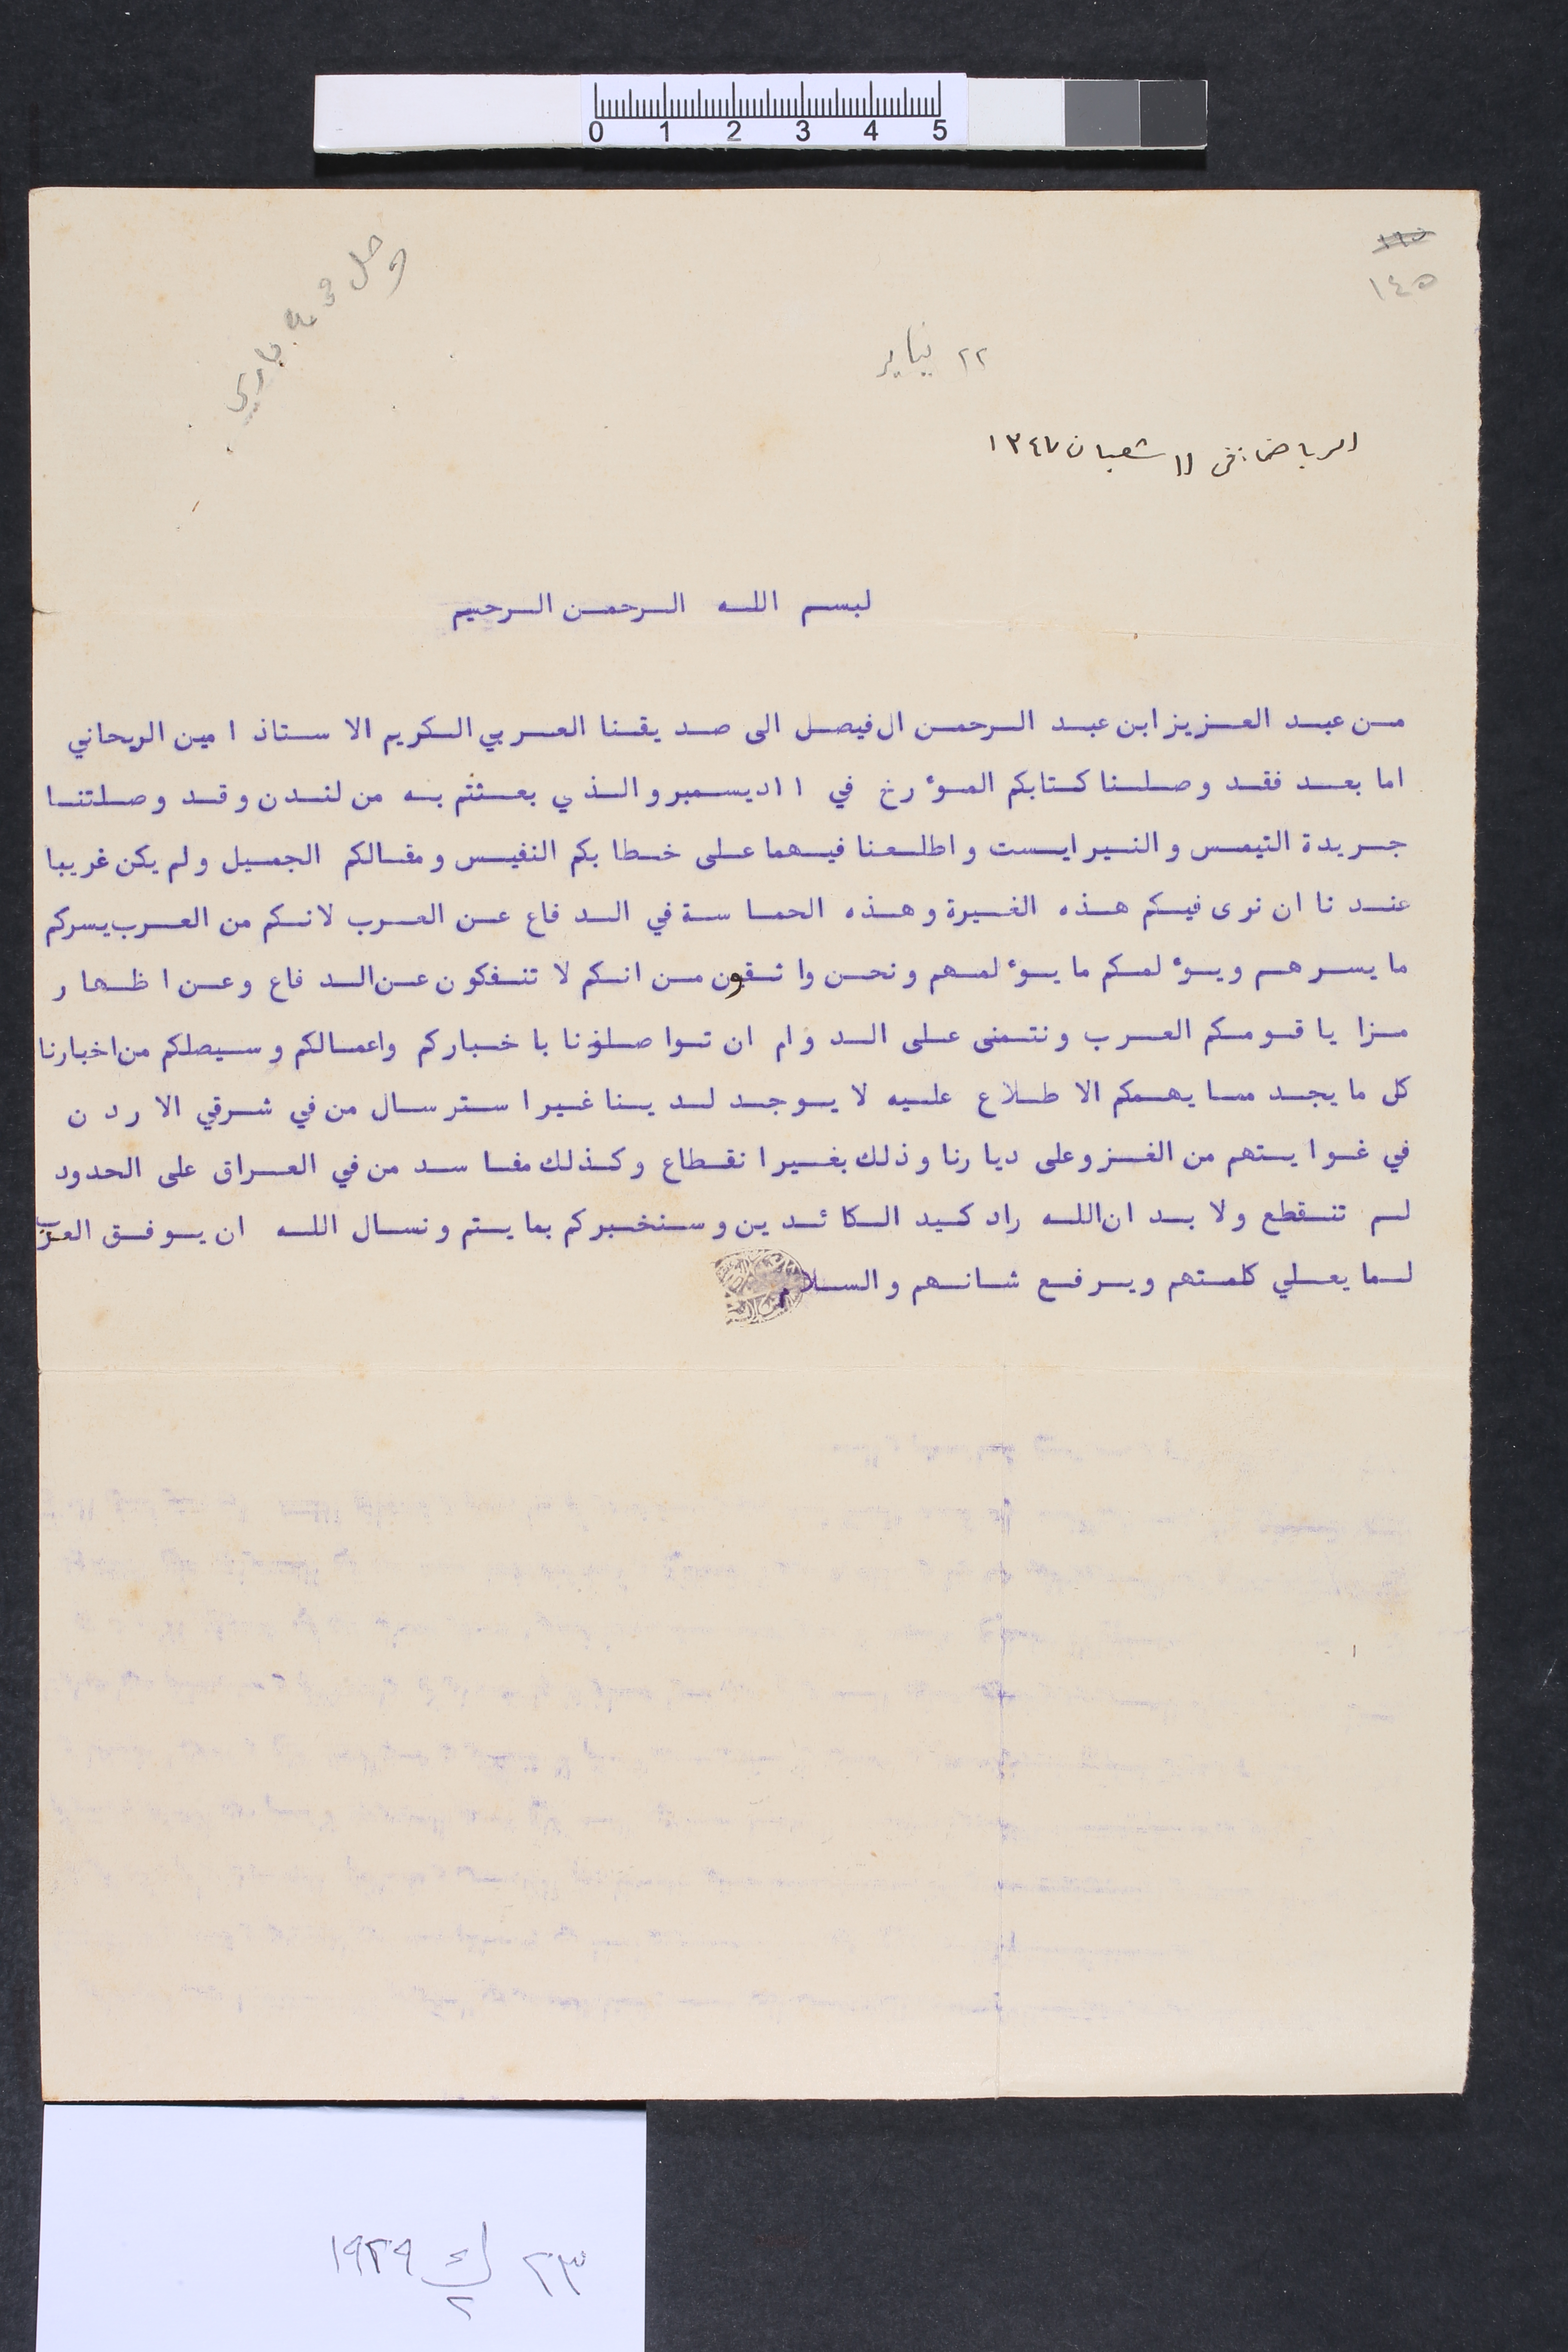
١٤٥	٢٢ يناير	 وصل مى ٤ جاري
الرياض: فى ١١ شعبان ١٣٤٧			لبسمِ الله الرحمن الرحيم
من عبد العزيز ابن عبد الرحمن ال فيصل الى صديقنا العربي الكريم الاستاذ امين الريحاني
اما بعد فقد وصلنا كتابكم المؤرخ في ١١ ديسمبر والذي بعثتم به من لندن وقد وصلتنا
جريدة التيمس والنيرايست واطلعنا فيهما على خطابكم النفيس ومقالكم الجميل ولم يكن غريبا
عندنا ان نرى فيكم هذه الغيرة وهذه الحماسة في الدفاع عن العرب لانكم من العرب يسركم
ما يسرهم ويؤلمكم ما يؤلمهم ونحن واثقون من انكم لا تنفكون عن الدفاع وعن اظهار
مزايا قومكم العرب ونتمنى على الدوام ان تواصلونا باخباركم واعمالكم وسيصلكم من اخبارنا
كل ما يجد مما يهمكم الاطلاع عليه لا يوجد لدينا غير استرسال من في شرقي الاردن
في غوايتهم من الغزو على ديارنا وذلك بغير انقطاع وكذلك مفا سد من في العراق على الحدود
لم تنقطع ولا بد ان الله راد كيد الكائدين وسنخبركم بما يتم ونسال الله ان يوفق العرب
لما يعلي كلمتهم ويرفع شانهم والسلام
٢٣ ك٢ ١٩٢٩